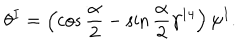
LaTeX: \theta ^ { I } = \left( \cos \frac { \alpha } { 2 } - \sin \frac { \alpha } { 2 } \gamma ^ { 1 4 } \right) \psi ^ { I } .